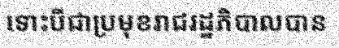
ទោះបីជាប្រមុខរាជរដ្ឋភិបាលបាន